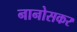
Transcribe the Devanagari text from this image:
नानोसकर